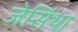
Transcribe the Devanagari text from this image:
जेसिंथा